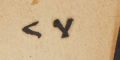
٢٧